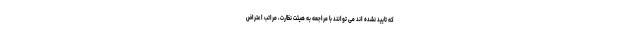
که تایید نشده اند می توانند با مراجعه به هیئت نظارت، مراتب اعتراض